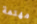
مهتمة